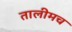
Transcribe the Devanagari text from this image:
तालीमच